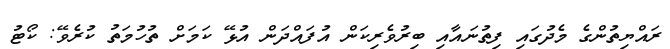
ރައްޔިތުންގެ މެދުގައި ފިތުނައާއި ބިރުވެރިކަން އުފައްދަން އުޅޭ ކަމަށް ތުހުމަތު ކުރެވޭ: ކޯޓު